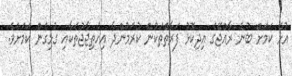
އުޅޭ ކަމަށް ބުނެ ރާއްޖޭގެ އިދިކޮޅު ފަރާތްތަކުން ކުރަމުންދާ އިހުތިޖާޖުތަކާއި ގުޅިގެން ކަމަށެވެ.